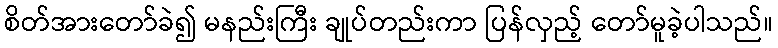
စိတ်အားတော်ခဲ၍ မနည်းကြီး ချုပ်တည်းကာ ပြန်လှည့် တော်မူခဲ့ပါသည်။